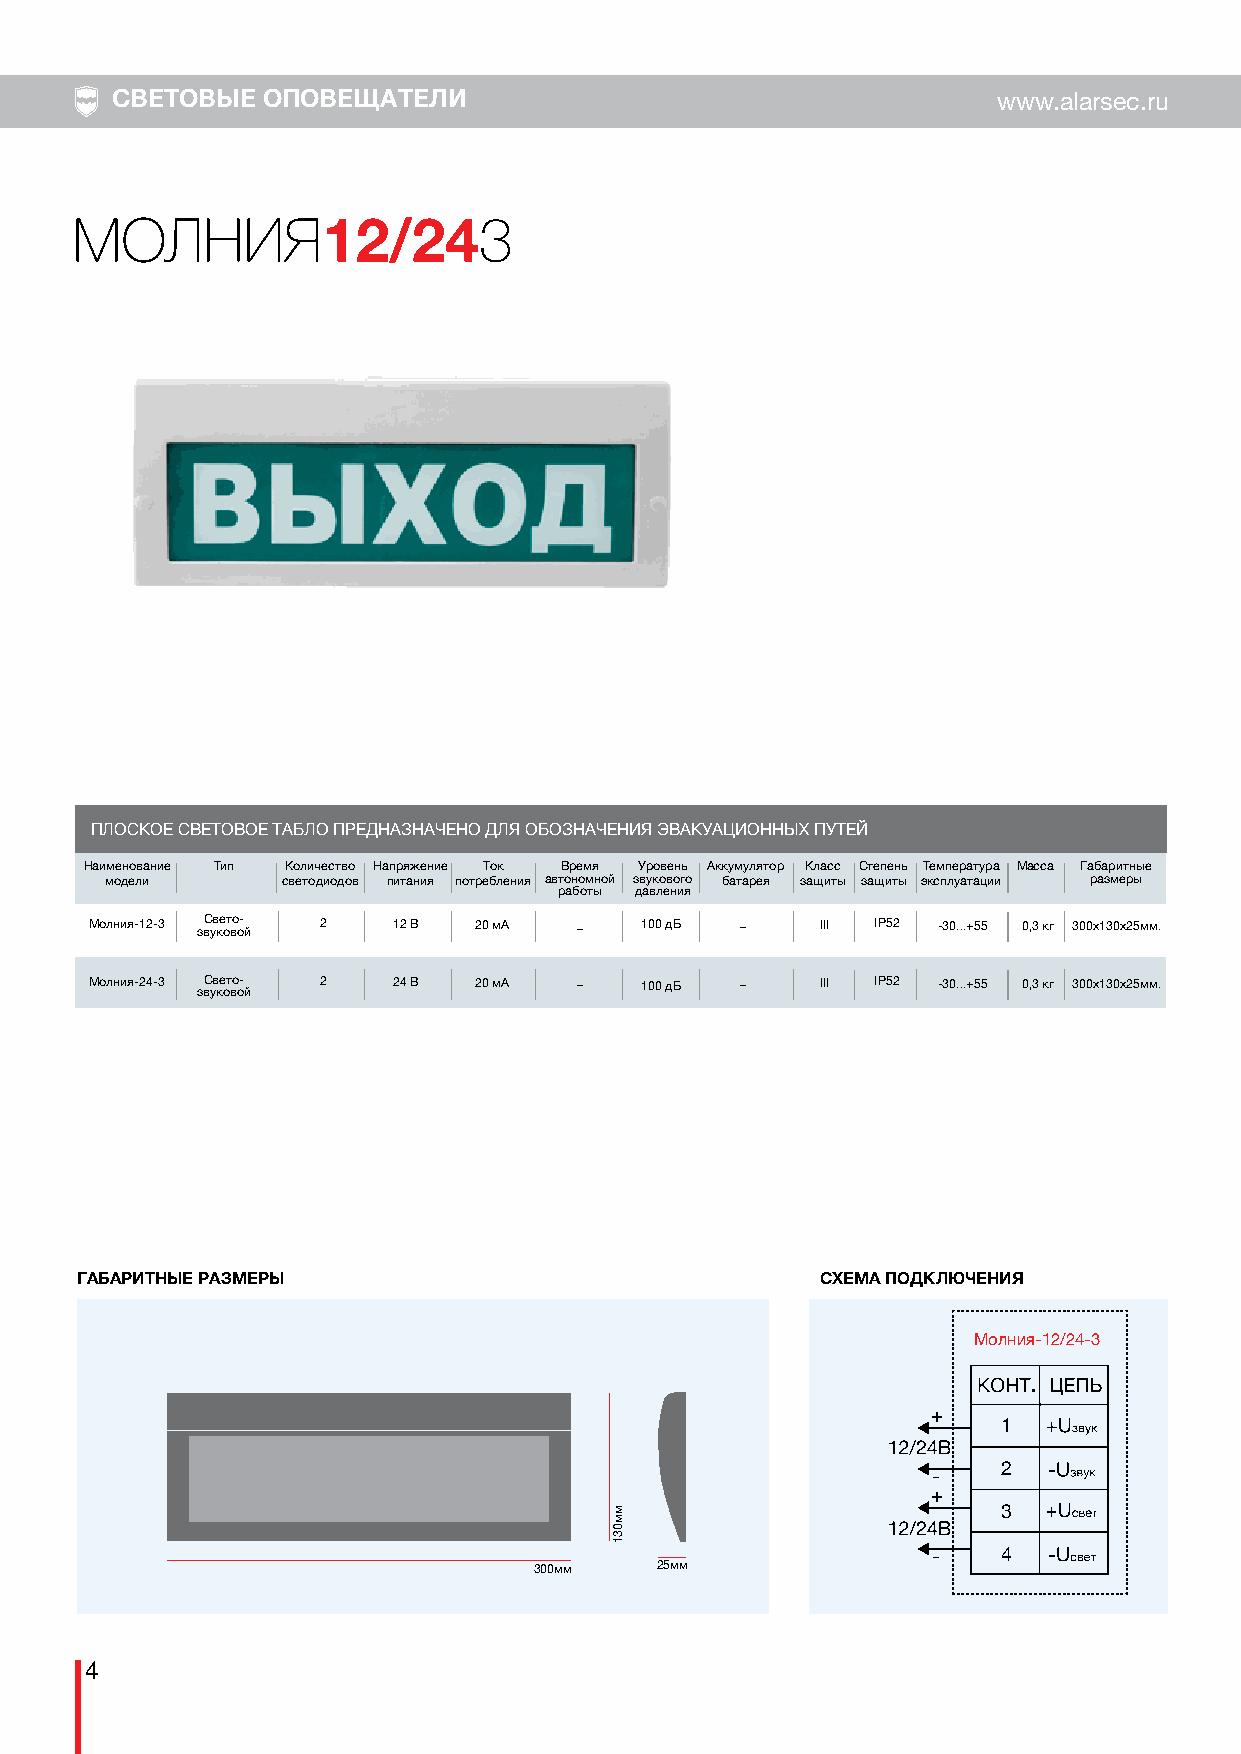
СВЕТОВЫЕ  ОПОВЕЩАТЕЛИ                                      www.alarsec.ru
 МОЛНИЯ                     3
 12/24
 ПЛОСКОЕ СВЕТОВОЕ ТАБЛО ПРЕДНАЗНАЧЕНО ДЛЯ ОБОЗНАЧЕНИЯ ЭВАКУАЦИОННЫХ ПУТЕЙ
 Наименование Тип Количество Напряжение Ток Время Уровень Аккумулятор Класс Степень Температура Масса Габаритные
 модели      светодиодов питания потребления автономной звукового батарея защиты защиты эксплуатации размеры
 работы давления
 Молния-12-3 звС ув ке от во о- й 2 12 В 20 мА _ 100 дБ _ III IP52 -30...+55 0,3 кг 300х130х25мм.
 Молния-24-3 Свето- 2 24 В 20 мА _   100 дБ _    III IP52 -30...+55 0,3 кг 300х130х25мм.
 звуковой
 ГАБАРИТНЫЕ РАЗМЕРЫ                               СХЕМА ПОДКЛЮЧЕНИЯ
 Молния-12/24-3
 +
 1
 2
 -
 +
 3
 -   4
 300мм   25мм
 4
 мм031